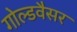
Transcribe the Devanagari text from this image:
गोल्डवैसर